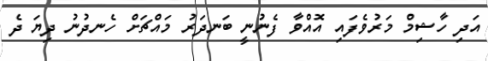
އަދި ހާޝިމް މަރުވެފައި އޮއްވާ ފެނުނީ ބަނދަރު މައްޗަށް ހެނދުނު ދިޔަ ދެ